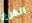
الفرع